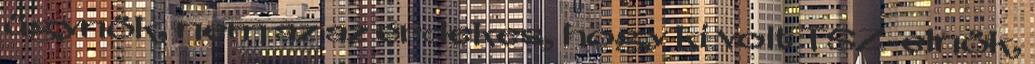
ügynök, nem az az érdekes, hogy ki volt TSZ-elnök,